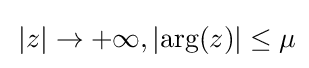
\,|z|\to +\infty ,|{\text{arg}}(z)|\leq \mu